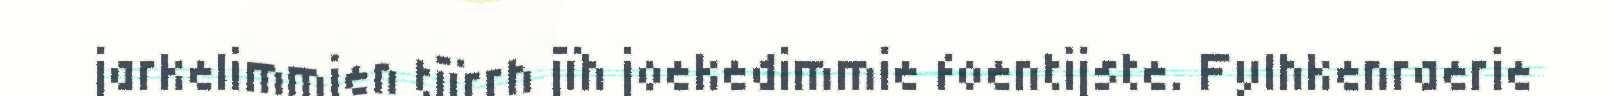
jarkelimmien tjïrrh jïh joekedimmie foentijste. Fylhkenraerie